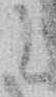
ニ